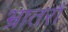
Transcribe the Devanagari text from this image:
भ्रातरौ